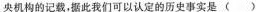
央机构的记载，据此我们可以认定的历史事实是()